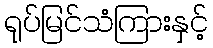
ရုပ်မြင်သံကြားနှင့်